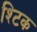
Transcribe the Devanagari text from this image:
श्टिक